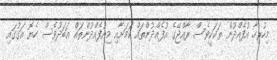
މިހުރިހާ އުފެއްދުން ތަކަކީވެސް ރާއްޖޭގެ އުފެއްދުންތައް ކަމަށާއި މިއުފެއްދުންތައް އަބަދުވެސް ހެޔޮ އަގުގައި